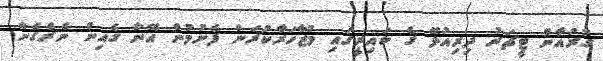
ގުރުއާން ޓީޗަރު ދިރިއުޅޭ ގެ ކައިރީގައި މުޒާހަރާކުރަން ފެށުމުން އޭނާ ގެއިން ނެރެގެން